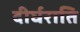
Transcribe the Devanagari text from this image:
दीर्घराति